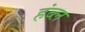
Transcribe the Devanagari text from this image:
हंब्ल